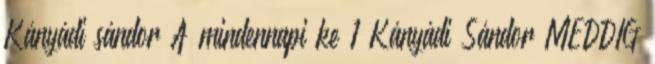
Kányádi sándor A mindennapi ke 1 Kányádi Sándor MEDDIG